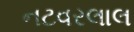
નટવરલાલ